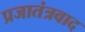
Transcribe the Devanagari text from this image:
प्रजातंत्रवाद